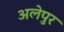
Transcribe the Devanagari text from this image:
अलेपुर